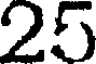
25